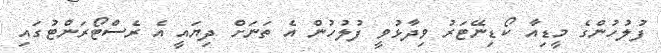
ފުލުހުންގެ މީޑިއާ ކޯޑިނޭޓަރު ވިދާޅުވީ ފުލުހުން އެ ތަނަށް ދިޔައީ އެ ރެސްޓޯރަންޓުގައި